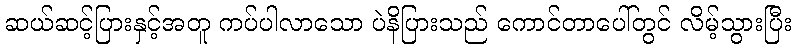
ဆယ်ဆင့်ပြားနှင့်အတူ ကပ်ပါလာသော ပဲနိပြားသည် ကောင်တာပေါ်တွင် လိမ့်သွားပြီး